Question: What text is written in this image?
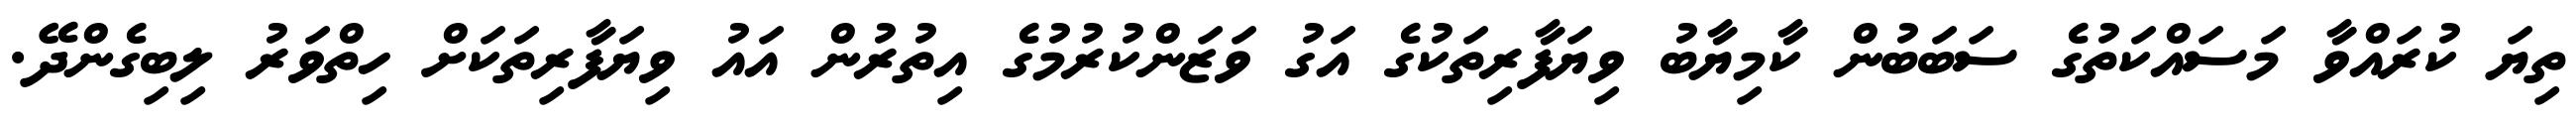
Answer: ތިޔަ ކުރައްވާ މަސައްކަތުގެ ސަބަބުން ކާމިޔާބު ވިޔަފާރިތަކުގެ އަގު ވަޒަންކުރުމުގެ އިތުރުން އައު ވިޔަފާރިތަކަށް ހިތްވަރު ލިބިގެންދޭ.